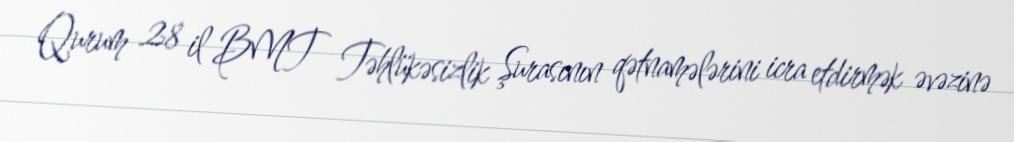
Qurum 28 il BMT Təhlükəsizlik Şurasının qətnamələrini icra etdirmək əvəzinə